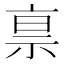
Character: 𰧿